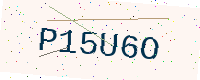
Text: P15U6O